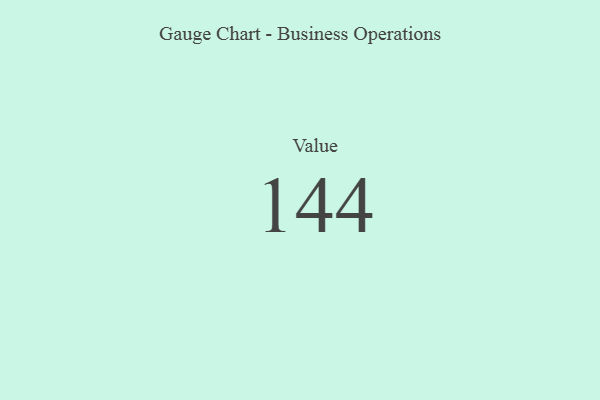
{"axis": {"x": "Metric", "y": "Value"}, "legend": [""], "data": [{"x": "Value", "y": 144, "type": ""}]}